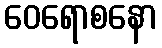
ဝေရောစနော